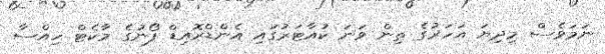
ނަމަވެސް މިދިޔަ އަހަރުގެ ތިން ވަނަ ކުއާޓަރުގައި އެންޑްރޮއިޑް ފޯނުގެ މާކެޓް ހިއްސާ